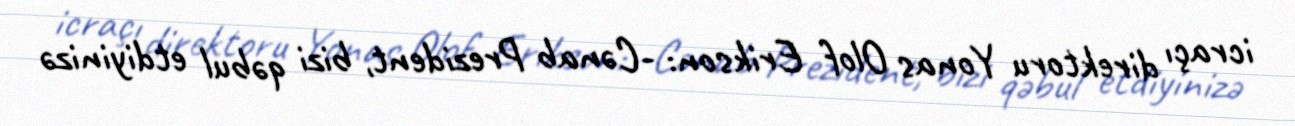
icraçı direktoru Yonas Olof Erikson: -Cənab Prezident, bizi qəbul etdiyinizə